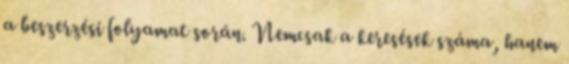
a beszerzési folyamat során. Nemcsak a keresések száma, hanem